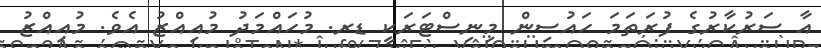
އާ ސަރުކާރުގެ ފުރަތަމަ ހައުސިން މިނިސްޓަރަކީ ޑރ. މުހައްމަދު މުއިއްޒު އެވެ. މުއިއްޒު